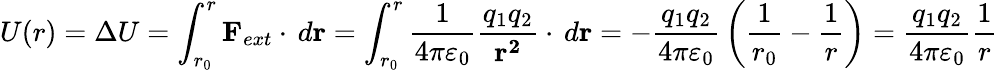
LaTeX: U(r)=\Delta U=\int_{r_{0}}^{r}\mathbf{F}_{ext}\cdot\, d\mathbf{r}=\int_{r_{0}}^{r}{\frac{1}{4\pi\varepsilon_{0}}}{\frac{q_{1}q_{2}}{\mathbf{r^{2}}}}\cdot\, d\mathbf{r}=-{\frac{q_{1}q_{2}}{4\pi\varepsilon_{0}}}\left({\frac{1}{r_{0}}}-{\frac{1}{r}}\right)={\frac{q_{1}q_{2}}{4\pi\varepsilon_{0}}}{\frac{1}{r}}